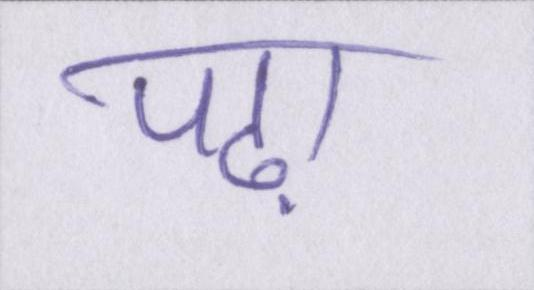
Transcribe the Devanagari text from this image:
पढ़ा